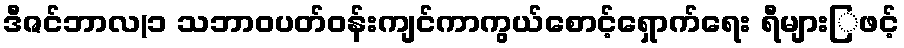
ဒီဇင်ဘာလ(၁ သဘာဝပတ်ဝန်းကျင်ကာကွယ်စောင့်ရှောက်ရေး ရီများြဖင့်